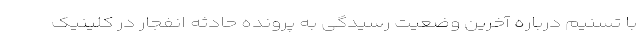
با تسنیم درباره آخرین وضعیت رسیدگی به پرونده حادثه انفجار در کلینیک